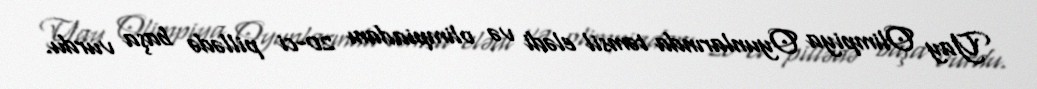
Yay Olimpiya Oyunlarında təmsil elədi və olimpiadanı 20-ci pillədə başa vurdu.